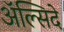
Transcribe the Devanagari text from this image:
अॅल्सिदे